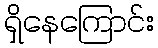
ရှိနေကြောင်း